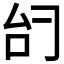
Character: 𫩞